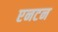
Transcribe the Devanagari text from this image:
एनटन